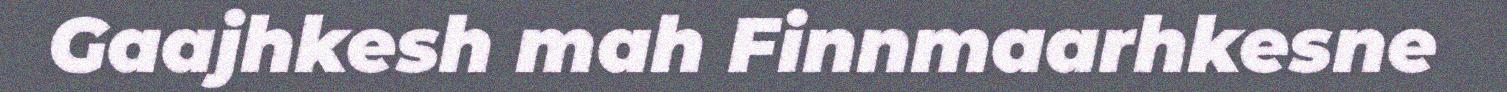
Gaajhkesh mah Finnmaarhkesne